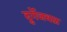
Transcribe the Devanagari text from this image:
दुर्गेजवळ